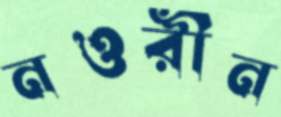
নওরীন